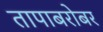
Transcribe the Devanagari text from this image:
तापाबरोबर